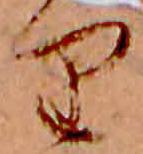
り